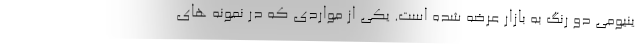
ینیومی دو رنگ به بازار عرضه شده است. یکی از مواردی که در نمونه های